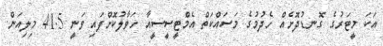
އަކަ މީޓަރުގެ ގޮނޑުދޮށެއް ހެދުމުގެ މަސައްކަތް އެމްޓީސީސީއާ ހަވާލުކޮށްފައި ވަނީ 41.5 މިލިއަން